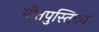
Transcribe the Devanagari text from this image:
गीतपुस्तिका